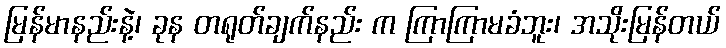
မြန်မာနည်းနဲ့၊ ခုန တရုတ်ချက်နည်း က ကြာကြာမခံဘူး၊ အသိုးမြန်တယ်